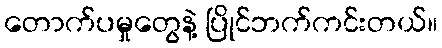
တောက်ပမှုတွေနဲ့ ပြိုင်ဘက်ကင်းတယ်။